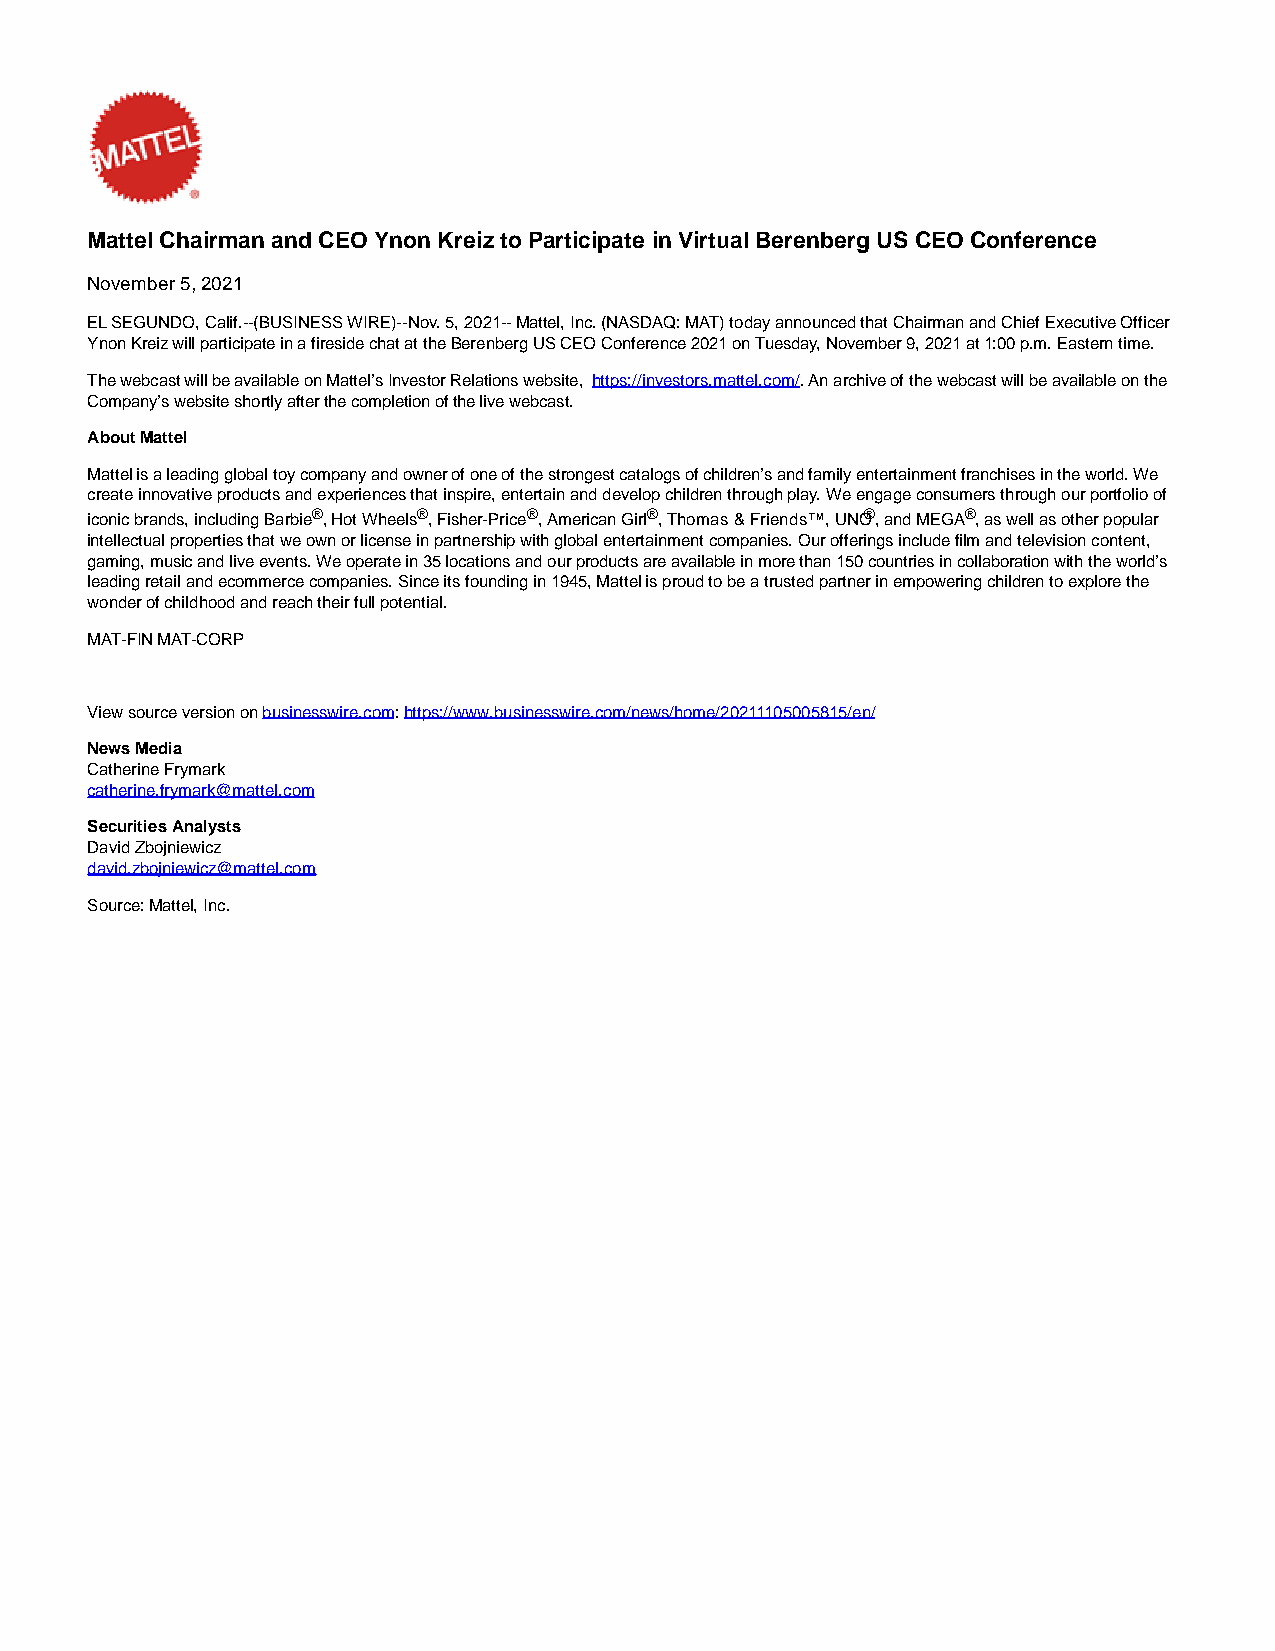
Mattel Chairman and CEO Ynon Kreiz to Participate in Virtual Berenberg US CEO Conference
 November 5, 2021
 EL SEGUNDO, Calif.--(BUSINESS WIRE)--Nov. 5, 2021-- Mattel, Inc. (NASDAQ: MAT) today announced that Chairman and Chief Executive Officer
 Ynon Kreiz will participate in a fireside chat at the Berenberg US CEO Conference 2021 on Tuesday, November 9, 2021 at 1:00 p.m. Eastern time.
 The webcast will be available on Mattel’s Investor Relations website, https://investors.mattel.com/. An archive of the webcast will be available on the
 Company’s website shortly after the completion of the live webcast.
 About Mattel
 Mattel is a leading global toy company and owner of one of the strongest catalogs of children’s and family entertainment franchises in the world. We
 create innovative products and experiences that inspire, entertain and develop children through play. We engage consumers through our portfolio of
 iconic brands, including Barbie®, Hot Wheels®, Fisher-Price®, American Girl®, Thomas & Friends™, UNO®, and MEGA®, as well as other popular
 intellectual properties that we own or license in partnership with global entertainment companies. Our offerings include film and television content,
 gaming, music and live events. We operate in 35 locations and our products are available in more than 150 countries in collaboration with the world’s
 leading retail and ecommerce companies. Since its founding in 1945, Mattel is proud to be a trusted partner in empowering children to explore the
 wonder of childhood and reach their full potential.
 MAT-FIN MAT-CORP
 View source version on businesswire.com: https://www.businesswire.com/news/home/20211105005815/en/
 News Media
 Catherine Frymark
 catherine.frymark@mattel.com
 Securities Analysts
 David Zbojniewicz
 david.zbojniewicz@mattel.com
 Source: Mattel, Inc.